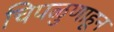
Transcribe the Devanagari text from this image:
चिपळुणाहून